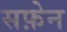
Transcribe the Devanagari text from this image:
सफ़ेन